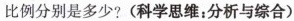
比例分别是多少?(科学思维：分析与综合)